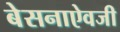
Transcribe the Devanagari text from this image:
बेसनाऐवजी